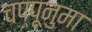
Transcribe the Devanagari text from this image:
चप्पूनुमा